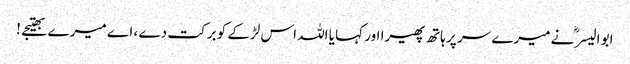
ابو الیسرؓ نے میرے سر پر ہاتھ پھیرا اور کہا یا اللہ اس لڑکے کو برکت دے ، اے میرے بھتیجے !